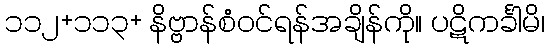
၁၁၂+၁၁၃+ နိဗ္ဗာန်စံဝင်ရန်အချိန်ကို။ ပဋိကင်္ခါမိ၊